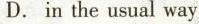
D. in the usual way